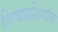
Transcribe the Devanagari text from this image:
शिष्यप्रशिष्यांना